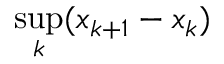
\operatorname* { s u p } _ { k } ( x _ { k + 1 } - x _ { k } )